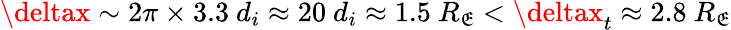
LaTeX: \deltax\sim2\pi\times3.3~d_{i}\approx20~d_{i}\approx1.5~R_{\mathfrak{E}}<\deltax_{t}\approx2.8~R_{\mathfrak{E}}